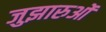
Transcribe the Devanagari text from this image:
जुझारुओं